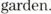
garden.